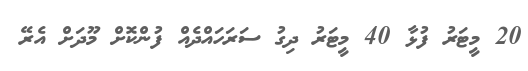
20 މީޓަރު ފުޅާ 40 މީޓަރު ދިގު ސަރަހައްދެއް ފުންކޮށް މޫދަށް އެރޭ